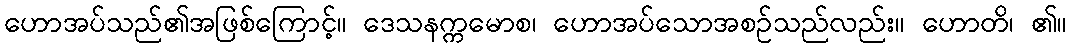
ဟောအပ်သည်၏အဖြစ်ကြောင့်။ ဒေသနက္ကမောစ၊ ဟောအပ်သောအစဉ်သည်လည်း။ ဟောတိ၊ ၏။